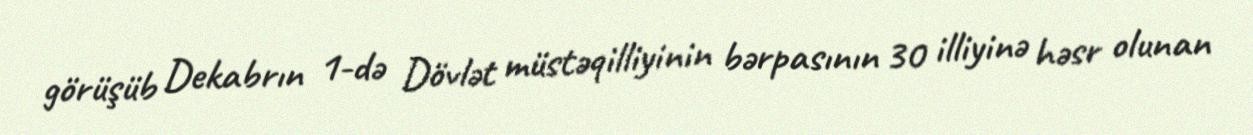
görüşüb Dekabrın 1-də Dövlət müstəqilliyinin bərpasının 30 illiyinə həsr olunan